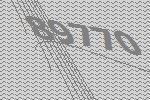
89770